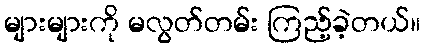
များများကို မလွတ်တမ်း ကြည့်ခဲ့တယ်။